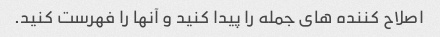
اصلاح کننده های جمله را پیدا کنید و آنها را فهرست کنید.